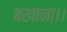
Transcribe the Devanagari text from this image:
बखाना।।